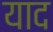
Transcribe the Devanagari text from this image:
याद